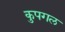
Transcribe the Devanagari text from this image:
कुपगल